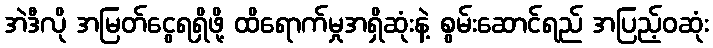
အဲဒီလို အမြတ်ငွေရရှိဖို့ ထိရောက်မှုအရှိဆုံးနဲ့ စွမ်းဆောင်ရည် အပြည့်ဝဆုံး